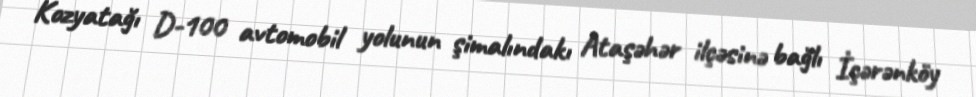
Kozyatağı D-100 avtomobil yolunun şimalındakı Ataşəhər ilçəsinə bağlı İçərənköy